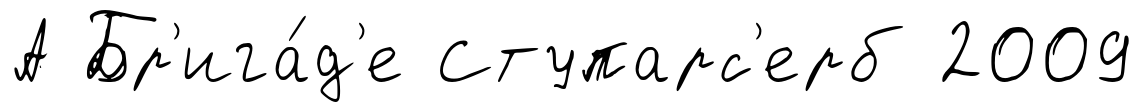
А Бр'ига́д'е Ступарс'ерб 2009